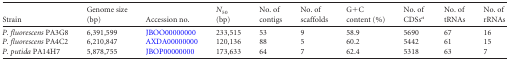
<table><thead><tr><td><b>Strain</b></td><td><b>Genome size (bp)</b></td><td><b>Accession no.</b></td><td><b><i>N</i><sub>50</sub> (bp)</b></td><td><b>No. of contigs</b></td><td><b>No. of scaffolds</b></td><td><b>G+C content (%)</b></td><td><b>No. of CDSs<sup><i>a</i></sup></b></td><td><b>No. of tRNAs</b></td><td><b>No. of rRNAs</b></td></tr></thead><tbody><tr><td>P. fluorescens PA3G8</td><td>6,391,599</td><td>JBOO00000000</td><td>233,515</td><td>53</td><td>9</td><td>58.9</td><td>5690</td><td>67</td><td>16</td></tr><tr><td>P. fluorescens PA4C2</td><td>6,210,847</td><td>AXDA00000000</td><td>120,136</td><td>88</td><td>5</td><td>60.2</td><td>5442</td><td>61</td><td>15</td></tr><tr><td>P. putida PA14H7</td><td>5,878,755</td><td>JBOP00000000</td><td>173,633</td><td>64</td><td>7</td><td>62.4</td><td>5318</td><td>63</td><td>7</td></tr></tbody></table>